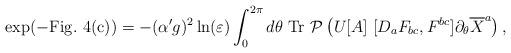
LaTeX: \begin{align*}\exp(-{\rm Fig. ~4(c)}) = -(\alpha'g)^2\ln(\varepsilon)\int_0^{2\pi}d\theta ~{\rm Tr} ~ {\cal P} \left( U[A]~ [D_a F_{bc}, F^{bc}]\partial_{\theta} \overline{X}^a \right),\end{align*}